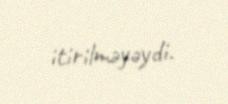
itirilməyəydi.